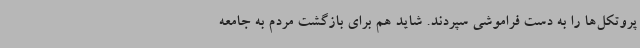
پروتکل‌ها را به دست فراموشی سپردند. شاید هم برای بازگشت مردم به جامعه